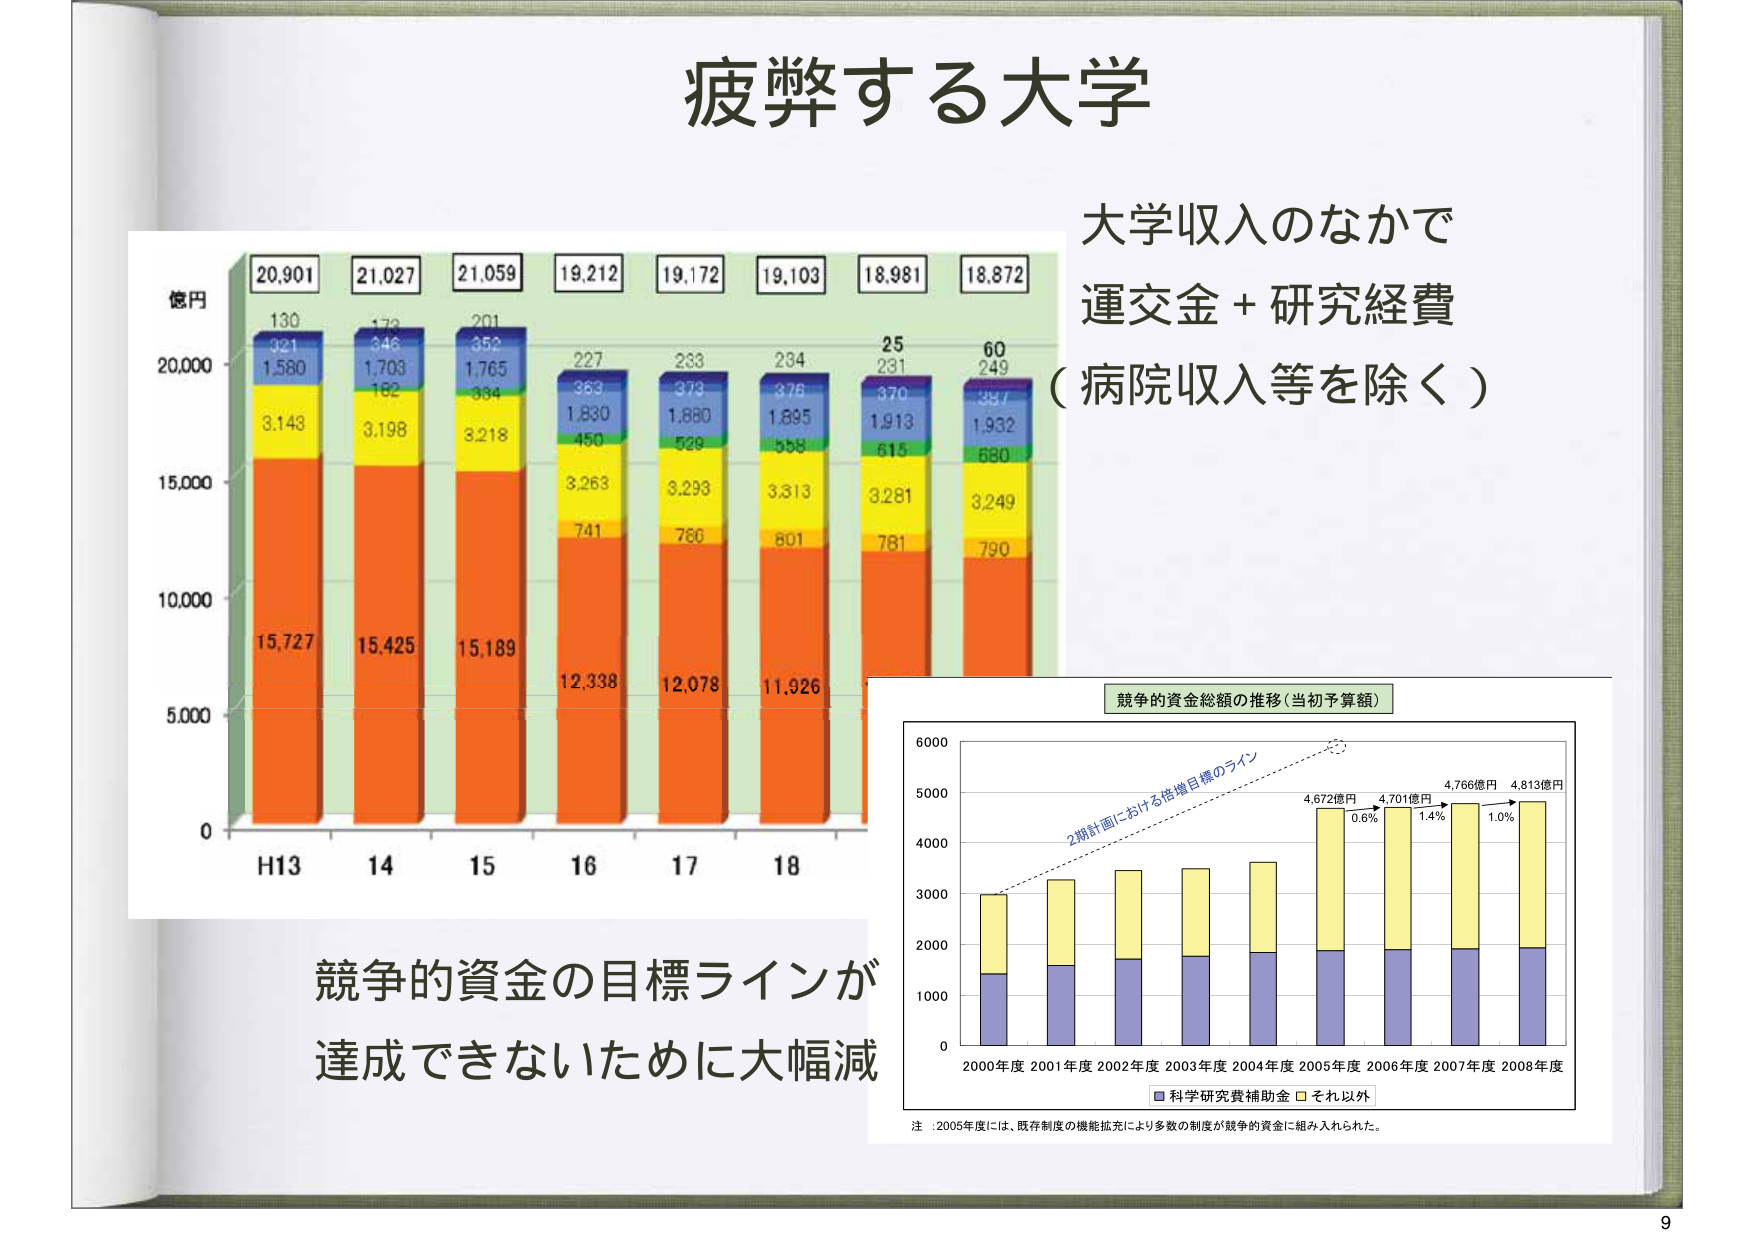
疲弊する大学

大学収入のなかで
運交金＋研究経費
（病院収入等を除く）

億円
20,901
130
321
1,580
3,148
15,727
H13

21,027
170
346
1,703
162
3,198
15,425
14

21,059
201
352
1,765
334
3,218
15,189
15

19,212
227
383
1,830
450
3,263
741
12,338
16

19,172
233
373
1,880
529
3,293
766
12,078
17

19,103
234
376
1,895
558
3,313
801
11,926
18

18,981
25
231
370
1,913
615
3,281
781

18,872
60
249
387
1,932
680
3,249
790

0
5,000
10,000
15,000
20,000

競争的資金の目標ラインが
達成できないために大幅減

競争的資金総額の推移（当初予算額）

2期計画における達成目標のライン

6000
5000
4000
3000
2000
1000
0

2000年度 2001年度 2002年度 2003年度 2004年度 2005年度 2006年度 2007年度 2008年度

4,672億円 0.6%
4,701億円 1.4%
4,766億円 1.0%
4,813億円

■ 科学研究費補助金 ■ それ以外

注：2005年度には、既存制度の機能拡充により多数の制度が競争的資金に組み入れられた。

9